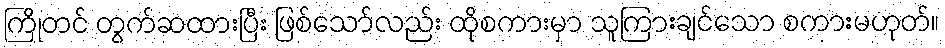
ကြိုတင် တွက်ဆထားပြီး ဖြစ်သော်လည်း ထိုစကားမှာ သူကြားချင်သော စကားမဟုတ်။